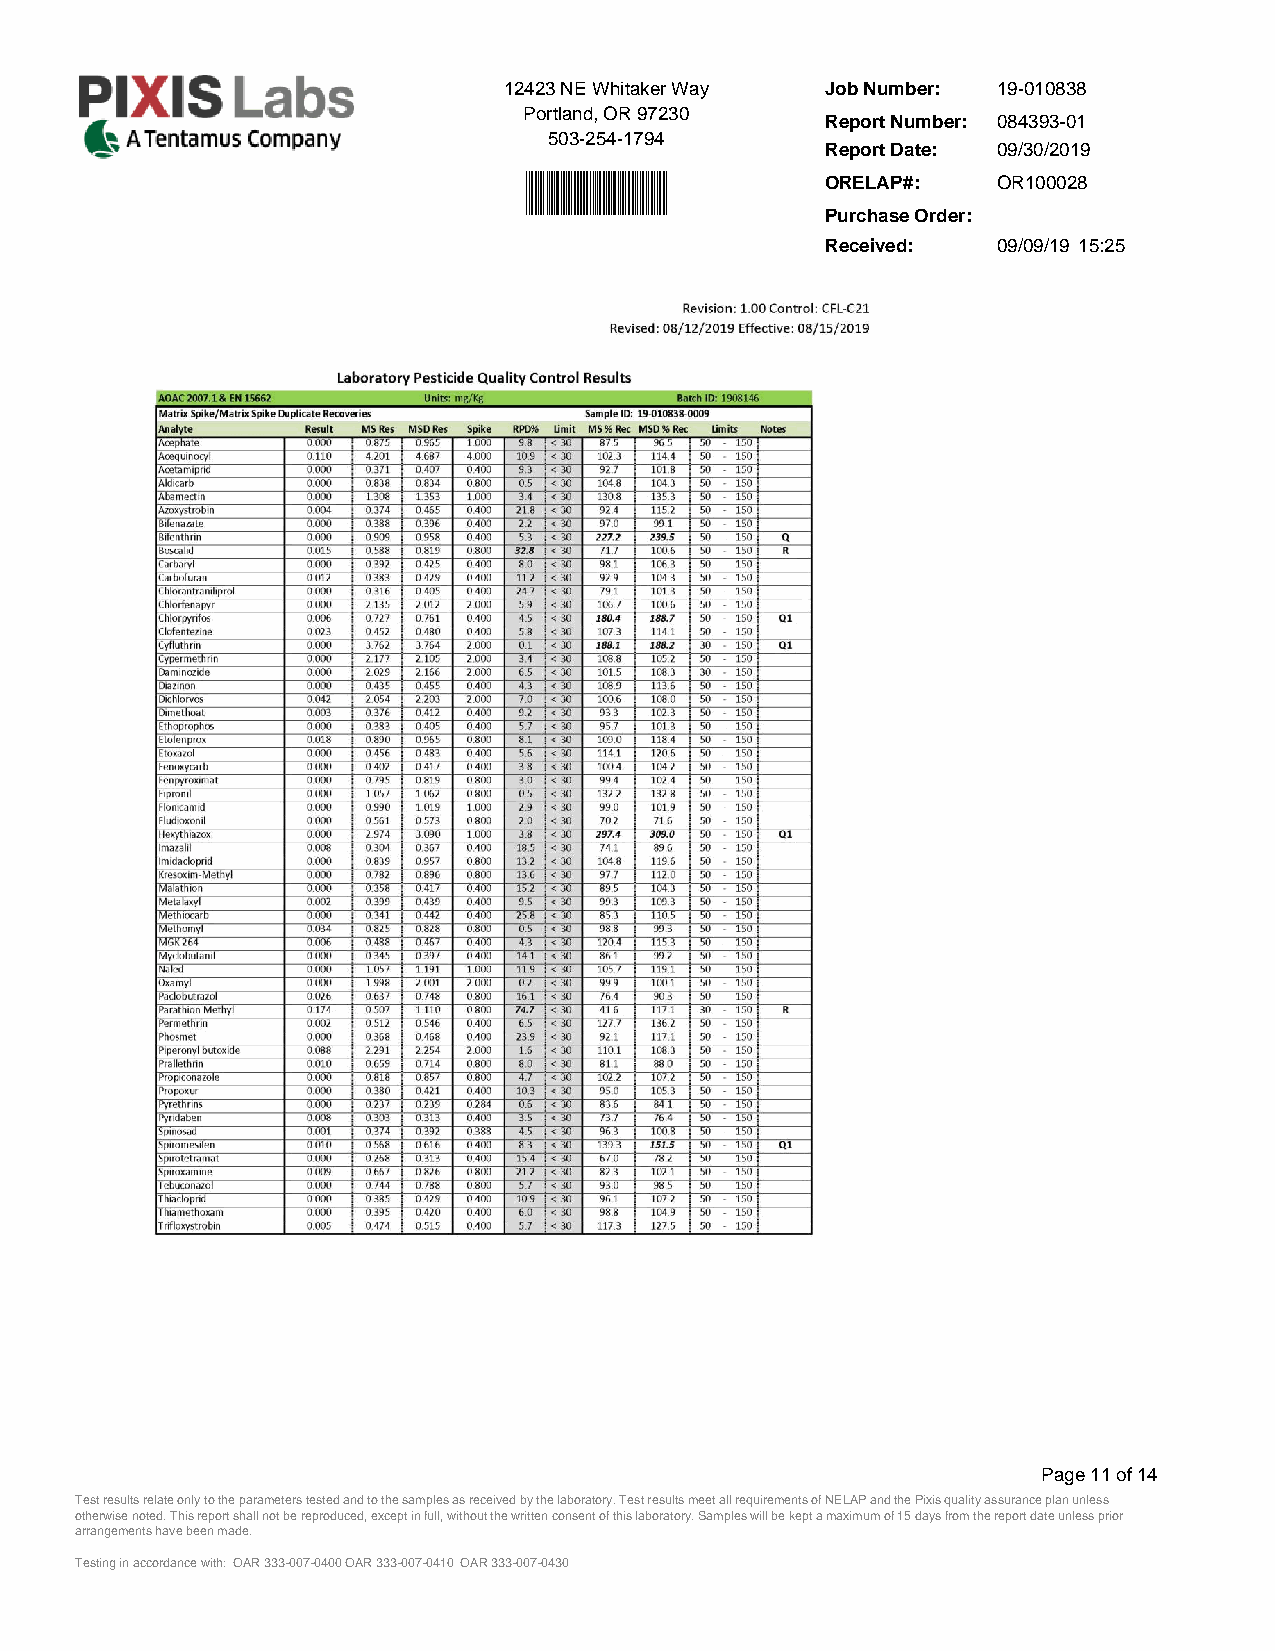
12423 NE Whitaker Way Job Number: 19-010838
 Portland, OR 97230
 Report Number: 084393­01
 503-254-1794
 Report Date: 09/30/2019
 ORELAP#:   OR100028
 Purchase Order:
 Received:  09/09/19 15:25
 Page 11 of 14
 Test results relate only to the parameters tested and to the samples as received by the laboratory. Test results meet all requirements of NELAP and the Pixis quality assurance plan unless
 otherwise noted. This report shall not be reproduced, except in full, without the written consent of this laboratory. Samples will be kept a maximum of 15 days from the report date unless prior
 arrangements have been made.
 Testing in accordance with: OAR 333-007-0400 OAR 333-007-0410 OAR 333-007-0430